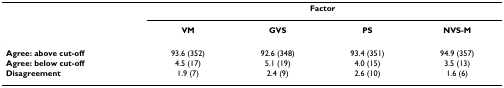
<table><thead><tr><td></td><td colspan="4"><b>Factor</b></td></tr><tr><td></td><td><b>VM</b></td><td><b>GVS</b></td><td><b>PS</b></td><td><b>NVS-M</b></td></tr></thead><tbody><tr><td><b>Agree: above cut-off</b></td><td>93.6 (352)</td><td>92.6 (348)</td><td>93.4 (351)</td><td>94.9 (357)</td></tr><tr><td><b>Agree: below cut-off</b></td><td>4.5 (17)</td><td>5.1 (19)</td><td>4.0 (15)</td><td>3.5 (13)</td></tr><tr><td><b>Disagreement</b></td><td>1.9 (7)</td><td>2.4 (9)</td><td>2.6 (10)</td><td>1.6 (6)</td></tr></tbody></table>